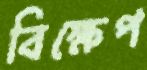
বিক্ষেপ